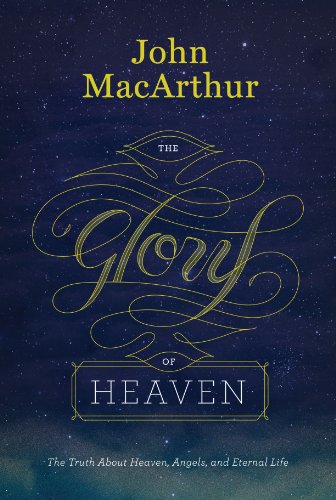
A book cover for The Glory of Heaven (Second Edition): The Truth about Heaven, Angels, and Eternal Life; John MacArthur; Christian Books & Bibles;